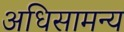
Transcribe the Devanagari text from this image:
अधिसामन्य